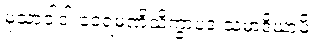
မုသာဝါဒါ ဝေရမဏိသိက္ခာပဒံ သမာဒိယာမိ။